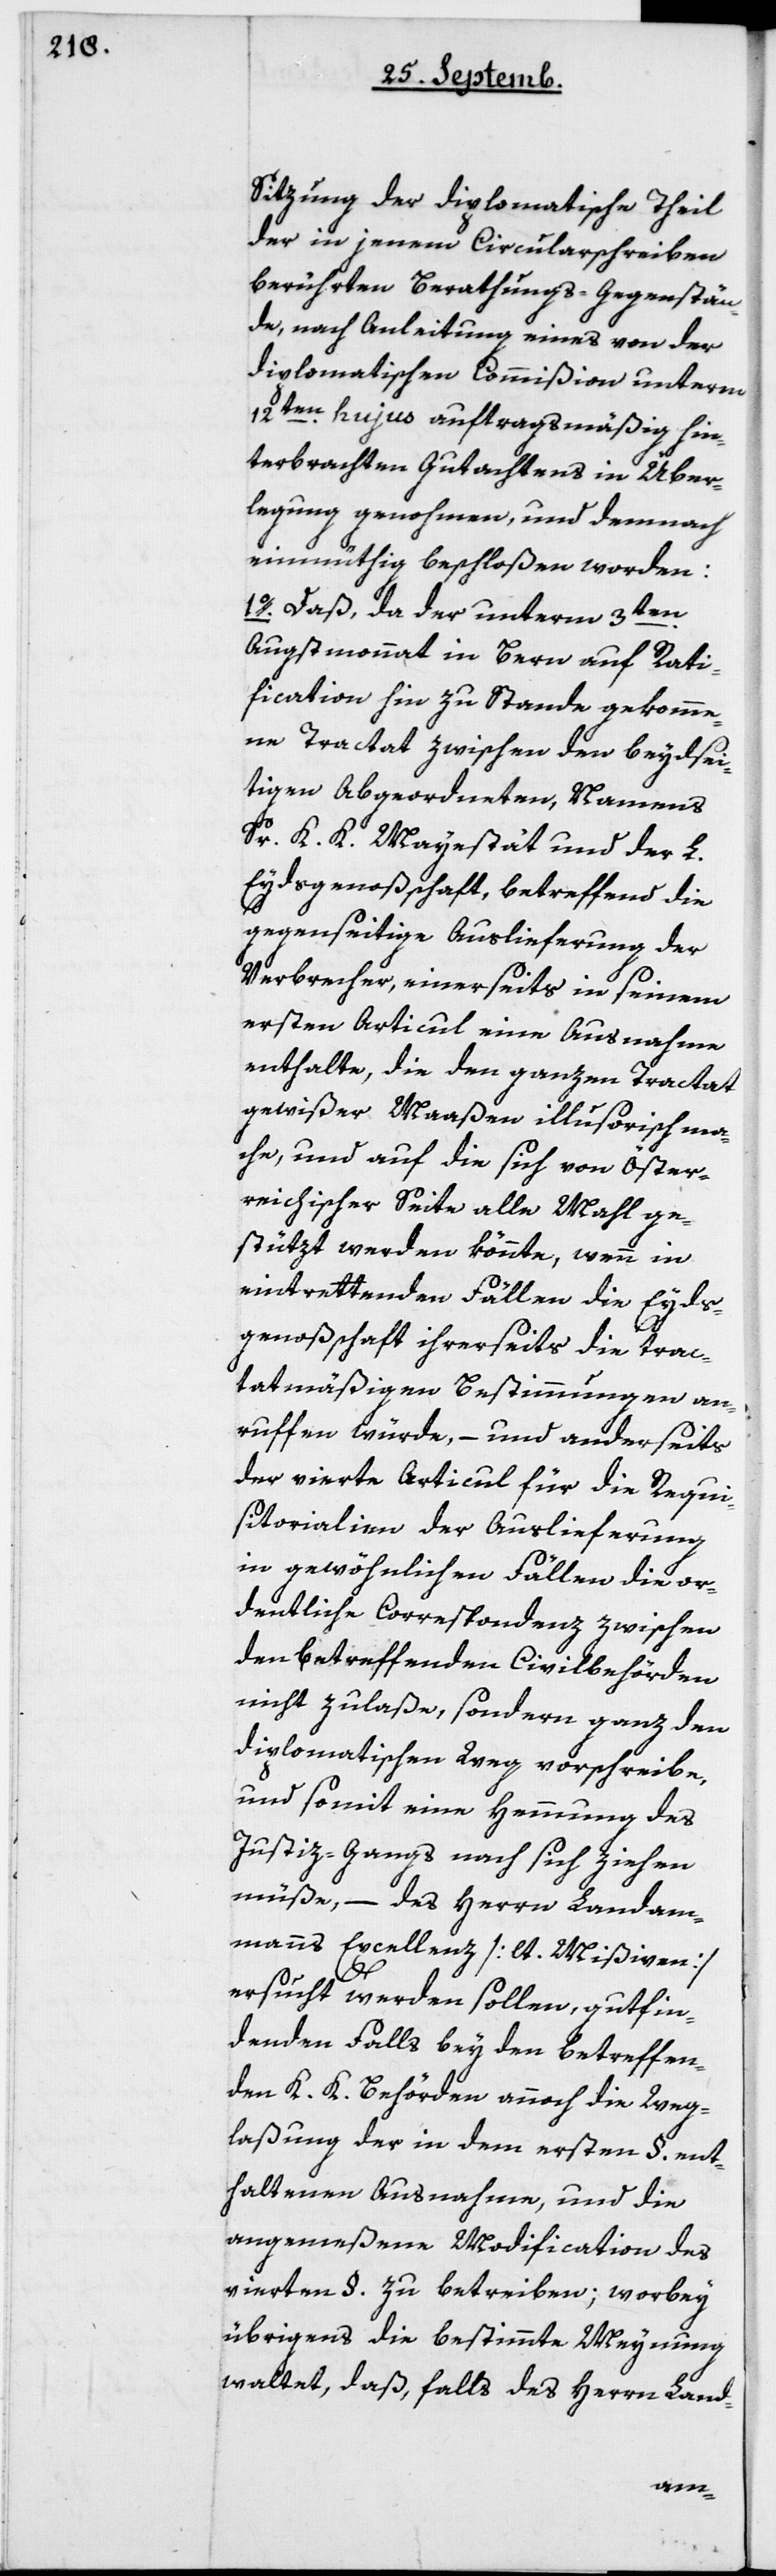
Sitzung der diplomatische Theil
der in jenem Circularschreiben
berührten Berathungs-Gegenstän¬
de, nach Anleitung eines von der
diplomatischen Commißion unterm
12ten hujus auftragsmäßig hin¬
terbrachten Gutachtens in Über¬
legung genommen, und demnach
einmüthig beschloßen worden:
1o. Daß, da der unterm 3ten
Augstmonat in Bern auf Rati¬
fication hin zu Stande gekomme¬
ne Tractat zwischen den beydsei¬
tigen Abgeordneten, namens
Sr K. K. Majestät und der L.
Eydsgenoßenschaft, betreffend die
gegenseitige Auslieferung der
Verbrecher, einerseits in seinem
ersten Articul eine Ausnahme
enthalte, die den ganzen Tractat
gewißer Maaßen illusorisch ma¬
che, und auf die sich von Öster¬
reichischer Seite alle Mal ge¬
stützt werden könnte, wenn in
eintrettenden Fällen die Eyds¬
genoßenschaft ihrerseits die trac¬
tatmäßigen Bestimmungen an¬
rufen würde, – und anderseits
der vierte Articul für die Requi¬
sitorialien der Auslieferung
in gewöhnlichen Fällen die or¬
dentliche Correspondenz zwischen
den betreffenden Civilbehörden
nicht zulaße, sondern ganz den
diplomatischen Weg vorschreibe,
und somit eine Hemmung des
Justiz-Gangs nach sich ziehen
müße, – des Herrn Landam¬
manns Excellenz [lt. Mißiven]
ersucht werden sollen, gufin¬
denden Falls bey den betreffen¬
den K. K. Behörden annoch die Weg¬
laßung der in dem ersten § ent¬
haltenen Ausnahme, und die
angemeßene Modification des
vierten § zu betreiben; worbey
übrigens die bestimmte Meynung
waltet, daß, falls des Herrn Land-